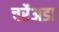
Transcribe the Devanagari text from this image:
चर्रेअडा